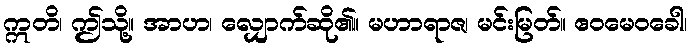
ဣတိ၊ ဤသို့။ အာဟ၊ လျှောက်ဆို၏။ မဟာရာဇ၊ မင်းမြတ်။ ဧဝမေဝခေါ၊